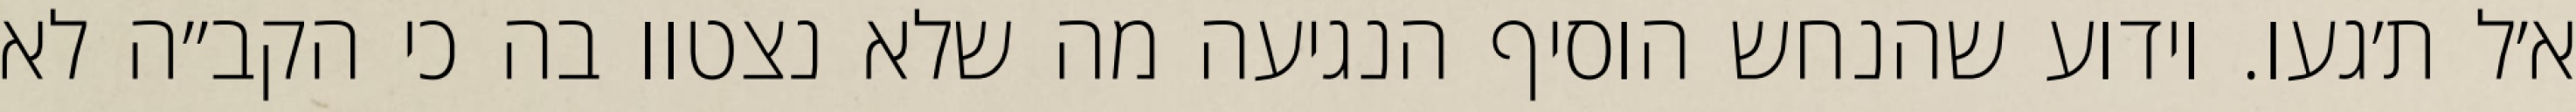
א׳ל ת׳געו. וידוע שהנחש הוסיף הנגיעה מה שלא נצטוו בה כי הקב״ה לא